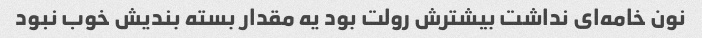
نون خامه‌ای نداشت بیشترش رولت بود یه مقدار بسته بندیش خوب نبود